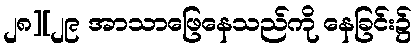
၂၈][၂၉ အာသာဖြေနေသည်ကို နေခြင်း၌